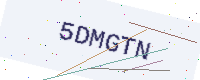
Text: 5DMGTN